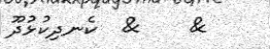
&    &  ކެނދިކުޅުދޫ